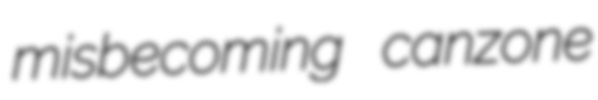
misbecoming canzone